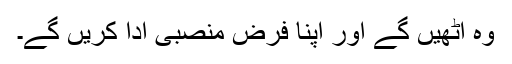
وہ اٹھیں گے اور اپنا فرض منصبی ادا کریں گے۔